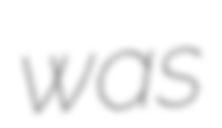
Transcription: was